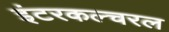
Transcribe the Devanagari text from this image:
इंटरकल्चरल